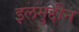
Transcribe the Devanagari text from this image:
इलमुद्दीन